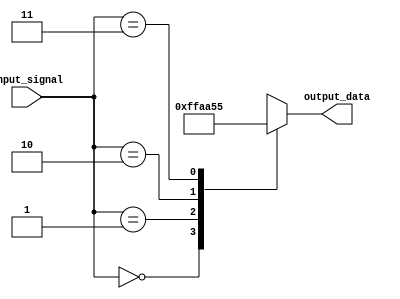
module full_case_statement (
    input [1:0] input_signal,
    output reg [7:0] output_data
);

always @*
begin
    case(input_signal)
        2'b00: output_data <= 8'b00000000; // Action for input_signal = 00
        2'b01: output_data <= 8'b11111111; // Action for input_signal = 01
        2'b10: output_data <= 8'b10101010; // Action for input_signal = 10
        2'b11: output_data <= 8'b01010101; // Action for input_signal = 11
    endcase
end

endmodule